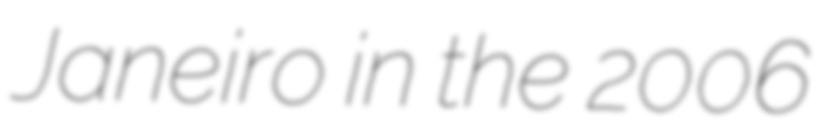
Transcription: Janeiro in the 2006